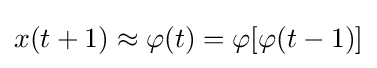
{x}(t+1)\approx \varphi (t)=\varphi [\varphi (t-1)]